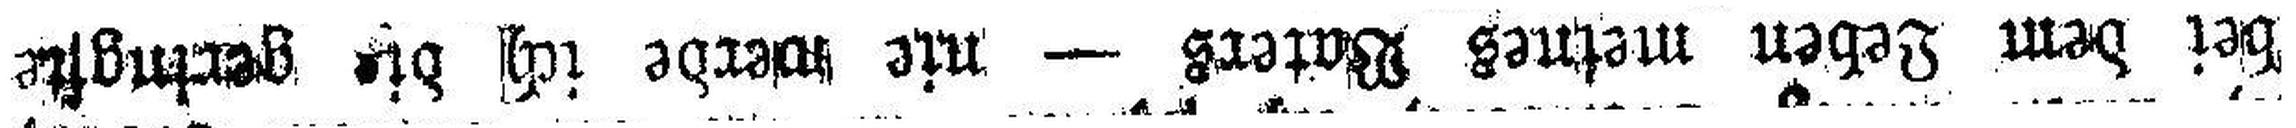
bei dem Leben meines Vaters — nie werde ich die geringste